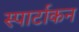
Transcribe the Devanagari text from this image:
स्पार्टाकन